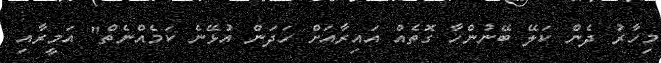
މިހާރު ދެން ކަލޭ ބޭނުންހާ ގޮތެއް އައިރާއަށް ހަދަން އުޅޭނެ ކަމެއްނެތް" އަމީރާއި